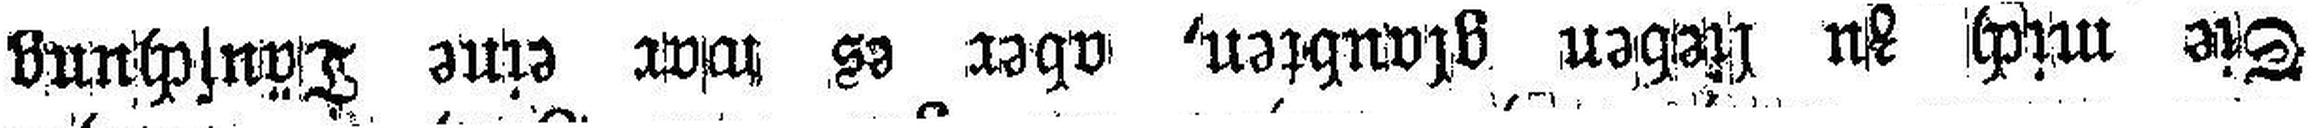
Sie mich zu lieben glaubten, aber es war eine Täuschung